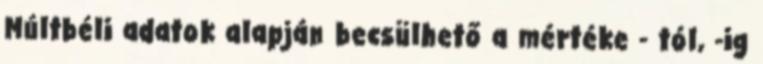
Múltbéli adatok alapján becsülhető a mértéke - tól, -ig